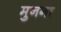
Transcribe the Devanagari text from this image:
मुनगा